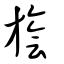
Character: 旝